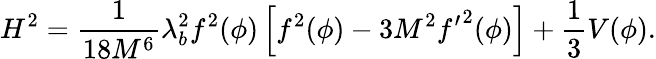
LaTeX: H^{2}={\frac{1}{18M^{6}}}\lambda_{b}^{2}f^{2}(\phi)\left[f^{2}(\phi)-3M^{2}{f^{\prime}}^{2}(\phi)\right]+{\frac{1}{3}}V(\phi).